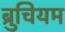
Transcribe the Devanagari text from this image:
ब्रुचियम